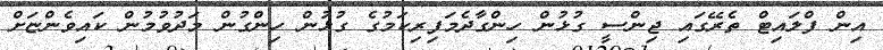
އިން ފްލައިޓް ތެރޭގައި ޖިންސީ ގުޅުން ހިންގާދެމަފިރިކަމުގެ ގުޅުން ހިންގުން މަދުވުމުން ކައިވެންޏަށް